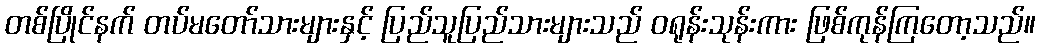
တစ်ပြိုင်နက် တပ်မတော်သားများနှင့် ပြည်သူပြည်သားများသည် ဝရုန်းသုန်းကား ဖြစ်ကုန်ကြတော့သည်။